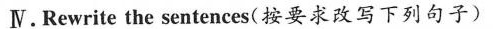
Ⅳ. Rewrite the sentences(按要求改写下列句子)